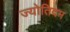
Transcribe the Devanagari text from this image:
ज्योतिदम